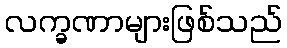
လက္ခဏာများဖြစ်သည်